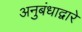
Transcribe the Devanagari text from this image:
अनुबंधाद्वारे